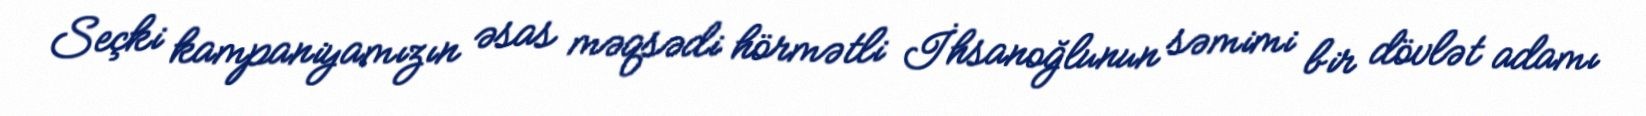
Seçki kampaniyamızın əsas məqsədi hörmətli İhsanoğlunun səmimi bir dövlət adamı